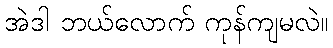
အဲဒါ ဘယ်လောက် ကုန်ကျမလဲ။